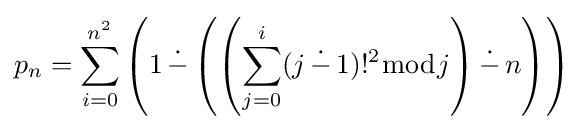
p_{n}=\sum _{i=0}^{n^{2}}\left(1\mathop {\dot {-}} \left(\left(\sum _{j=0}^{i}(j\mathop {\dot {-}} 1)!^{2}{\bmod {j}}\right)\mathop {\dot {-}} n\right)\right)